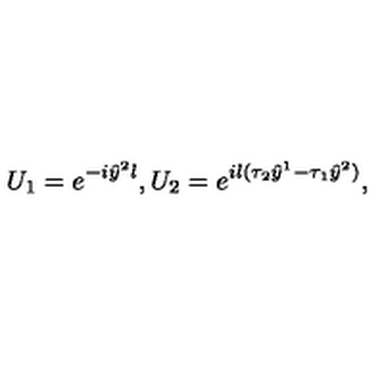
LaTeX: U _ { 1 } = e ^ { - i \hat { y } ^ { 2 } l } , U _ { 2 } = e ^ { i l ( \tau _ { 2 } \hat { y } ^ { 1 } - \tau _ { 1 } \hat { y } ^ { 2 } ) } ,